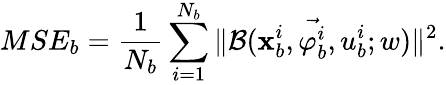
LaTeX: MSE_{b}=\frac{1}{N_{b}}\sum_{i=1}^{N_{b}}\| \mathcal{B}(\textbf{x}_{b}^{i},\vec{\varphi_{b}^{i}},u_{b}^{i};w)\| ^{2}.